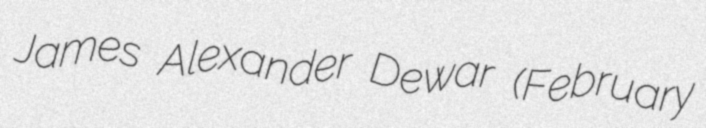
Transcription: James Alexander Dewar (February